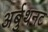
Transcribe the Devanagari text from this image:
अर्बुथनट